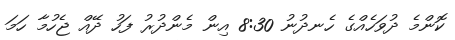
ކޮންމެ ދުވަހެއްގެ ހެނދުނު 8:30 އިން މެންދުރު ފަހު ދޭއް ޖެހުމާ ހަމަ